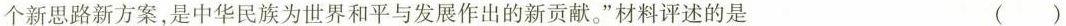
个新思路新方案，是中华民族为世界和平与发展作出的新贡献。”材料评述的是 ()